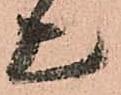
上